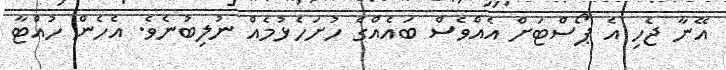
އޭނާ ޖެހި އެ ޕޯސްޓަށް އެއްވެސް ބައެއްގެ ހުށަހެޅުމެއް ނުލިބުނެވެ. އެހެން ހުއްޓާ